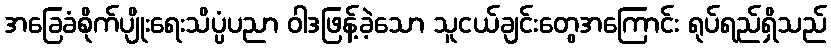
အခြေခံစိုက်ပျိုးရေးသိပ္ပံပညာ ဝါဒဖြန့်ခဲ့သော သူငယ်ချင်းတွေအကြောင်း ရုပ်ရည်ရှိသည်